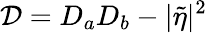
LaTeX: \mathcal{D}=D_{a}D_{b}-|\tilde{\eta}|^{2}